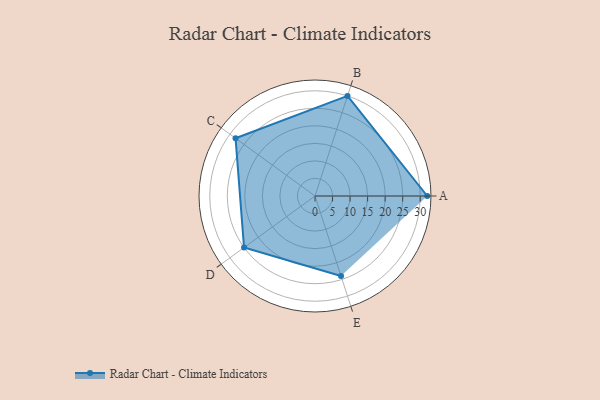
{"axis": {"x": "Skill", "y": "Score"}, "legend": ["Profile"], "data": [{"x": "A", "y": 32.0, "type": "Profile"}, {"x": "B", "y": 30.0, "type": "Profile"}, {"x": "C", "y": 28.0, "type": "Profile"}, {"x": "D", "y": 25.0, "type": "Profile"}, {"x": "E", "y": 24.0, "type": "Profile"}]}